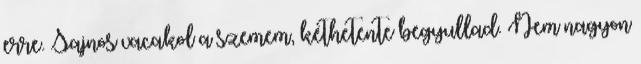
erre. Sajnos vacakol a szemem, kéthetente begyullad. Nem nagyon